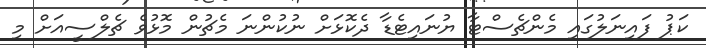
ކަޕު ފައިނަލުގައި މެންޗެސްޓާ ޔުނައިޓެޑާ ދެކޮޅަށް ނުކުންނަ މެޗުން މޮޅުވެ ޗެލްސީއަށް މި